Vaccination in Bombay 1869-1873 - 1869-1873
Year: 1869
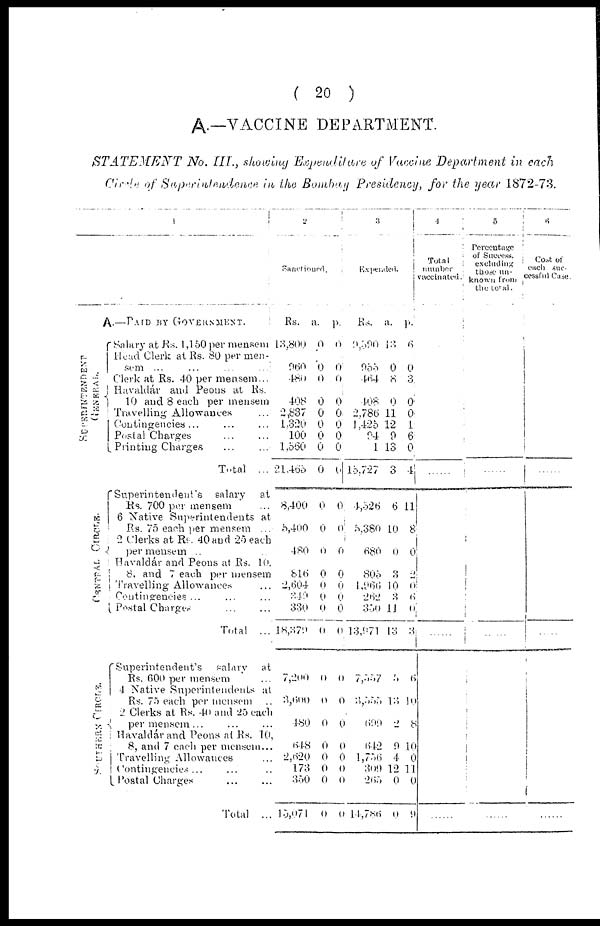
( 20 )
A.—VACCINE DEPARTMENT.
STATEMENT
No. III., showing Expenditure of Vaccine Department in each
Circle of Superintendence in the Bombay Presidency, for the year 1872-73.
1
A.—PAID BY GOVERNMENT.
SUPERINTENDENT
GENERAL.
CE NT RAL CI RCLE.
SOUTHERN CIRCLE.
Salary at Rs. 1,150 per mensem
Head Clerk at Rs. 80 per men¬
sem ... ... ... ...
Clerk at Rs. 40 per mensem...
Havaldár and Peons at Rs.
10 and 8 each per mensem
Travelling Allowances ...
Contingencies ... ... ...
Postal Charges ... ...
Printing Charges ... ...
Total
...
Superintendent's
salary
at
Rs. 700 per mensem
6 Native Superintendents at
Rs. 75 each per mensem ...
2 Clerks at Rs. 40 and 25 each
per mensem ..
Havaldár and Peons at Rs. 10.
8. and 7 each per mensem
Travelling Allowances ...
Contingencies ...
Postal Charges
...
...
Total
...
Superintendent's
salary
at
Rs. 600 per mensem ...
4 Native Superintendents at
Rs. 75 each per mensem ..
2 Clerks at Rs. 40 and 25 each
per mensem ... ... ...
Havaldár and Peons at Rs. 10,
8, and 7 each per mensem...
Travelling Allowances
Contingencies ... ... ...
Postal Charges ... ...
Total
...
2
Sanctioned.
Rs.
13,800
960
480
408
2,837
1,320
100
1,560
21,465
8,400
5,400
480
816
2,604
349
330
18,379
7,200
3,600
180
648
2,620
173
350
15,071
a.
0
0
0
0
0
0
0
0
0
0
0
0
0
0
0
0
0
0
0
0
0
0
0
0
0
p.
0
0
0
0
0
0
0 0
0
0
0
0
0
0
0
0
0
0
0
0
0
0
0
0
0
3
Expended.
Rs.
9,590
955
464
408
2,786
1,425
94
1
15,727
4,526
5,380
680
805
1,966
262
350
13,971
7,557
3,555
699
642
1,756
309
265
14,76
a.
13
0
8
0
11
12
9
13
3
6
10
0
3
10
3
11
13
5
13
2
0
4
12
0
0
p.
6
0
3
0
0
1
6
0
4
11
8
0
2
0
6
0
3
6
10
8
10
0
11
0
9
4
Tota1
number
vaccinated
......
......
5
Percentage
of Success.
excluding
those un-
known from
the total.
......
......
6
Cost of
each suc-
cessful Case.
......
......